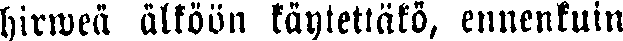
hirweä älköön käytettäkö, ennenkuin